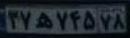
۳۷ه۷۴۵۷۸